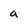
Character: a